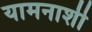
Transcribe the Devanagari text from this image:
यामनाशी